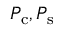
P _ { \mathrm { c } } , P _ { \mathrm { s } }